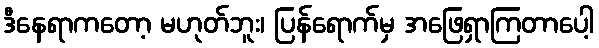
ဒီနေရာကတော့ မဟုတ်ဘူး၊ ပြန်ရောက်မှ အဖြေရှာကြတာပေါ့